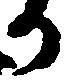
か